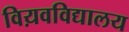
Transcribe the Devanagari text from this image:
विय़वविद्यालय